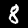
Label: 8